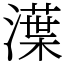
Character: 㵩